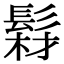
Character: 𩭘